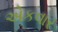
એકવાર